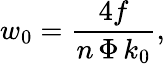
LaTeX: w_{0}=\frac{4f}{n\, \Phi\, k_{0}},